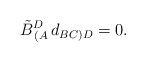
\begin{align*}\tilde B^D_{\,(A}\,d_{BC)D}= 0 . \end{align*}